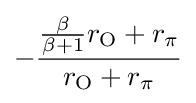
-{\frac {{\frac {\beta }{\beta +1}}r_{\mathrm {O} }+r_{\pi }}{r_{\mathrm {O} }+r_{\pi }}}